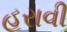
હરાવી